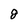
Character: g